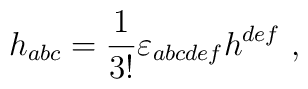
h_{abc}={1\over3!}\varepsilon_{abcdef}h^{def}\ ,